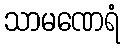
သာမဏေရံ